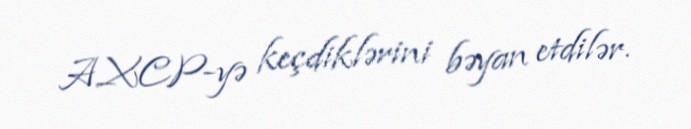
AXCP-yə keçdiklərini bəyan etdilər.